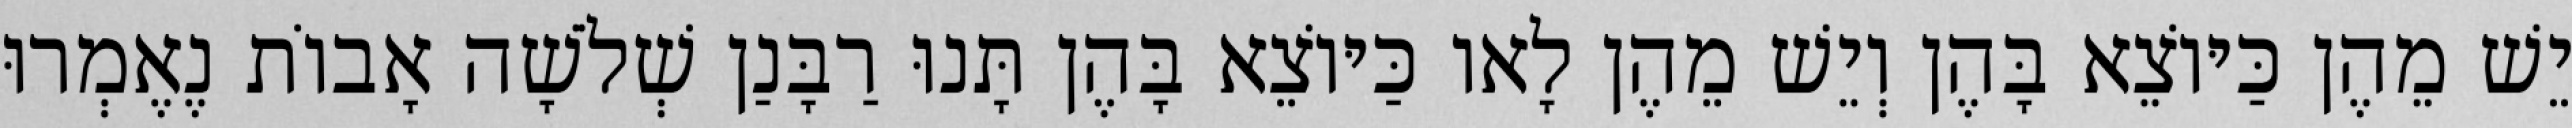
יֵשׁ מֵהֶן כַּיּוֹצֵא בָּהֶן וְיֵשׁ מֵהֶן לָאו כַּיּוֹצֵא בָּהֶן תָּנוּ רַבָּנַן שְׁלֹשָׁה אָבוֹת נֶאֶמְרוּ